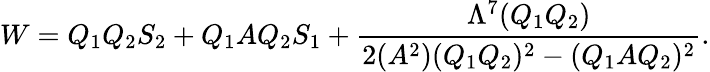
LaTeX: W=Q_{1}Q_{2}S_{2}+Q_{1}AQ_{2}S_{1}+\frac{\Lambda^{7}(Q_{1}Q_{2})}{2(A^{2})(Q_{1}Q_{2})^{2}-(Q_{1}AQ_{2})^{2}}.